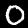
Digit: 0